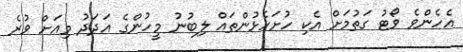
އެހެންވެ ވޯޓު ގަތުމަށް އެކި ހުށަހެޅުންތައް ލިބުނު މީހުންގެ އަދަދު މިއަށް ވުރެ